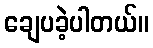
ချေပခဲ့ပါတယ်။